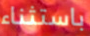
باستثناء